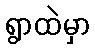
ရွာထဲမှာ